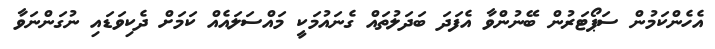
އެހެންކަމުން ސަޕޯޓަރުން ބޭނުންވާ އެފަދަ ބަދަލުތައް ގެނައުމަކީ މައްސަލައެއް ކަމަށް ދެކިވަޑައި ނުގަންނަވާ